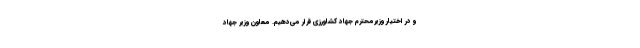
و در اختیار وزیرمحترم جهاد کشاورزی قرار می‌دهیم. معاون وزیر جهاد